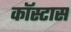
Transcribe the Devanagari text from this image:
कॉस्टास